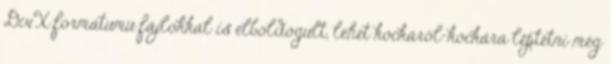
DivX formátumú fájlokkal is elboldogult, lehet kockáról-kockára léptetni még